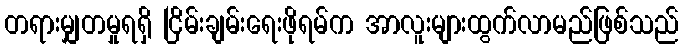
တရားမျှတမှုရရှိ ငြိမ်းချမ်းရေးဖိုရမ်က အာလူးများထွက်လာမည်ဖြစ်သည်